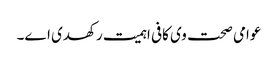
عوامی صحت وی کافی اہمیت رکھدی ا‏‏ے۔